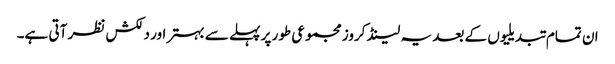
ان تمام تبدیلیوں کے بعد یہ لینڈ کروز مجموعی طور پر پہلے سے بہتر اور دلکش نظر آتی ہے۔